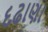
દઢાણા